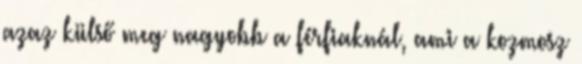
azaz külső meg nagyobb a férfiaknál, ami a kozmosz